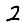
Digit: 2